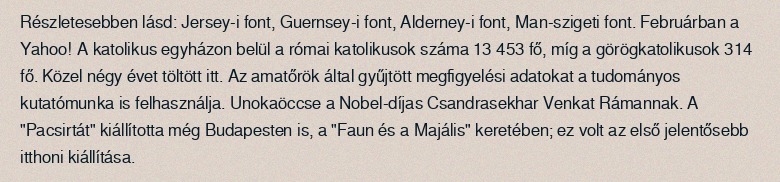
Részletesebben lásd: Jersey-i font, Guernsey-i font, Alderney-i font, Man-szigeti font. Februárban a Yahoo! A katolikus egyházon belül a római katolikusok száma 13 453 fő, míg a görögkatolikusok 314 fő. Közel négy évet töltött itt. Az amatőrök által gyűjtött megfigyelési adatokat a tudományos kutatómunka is felhasználja. Unokaöccse a Nobel-díjas Csandrasekhar Venkat Rámannak. A "Pacsirtát" kiállította még Budapesten is, a "Faun és a Majális" keretében; ez volt az első jelentősebb itthoni kiállítása.